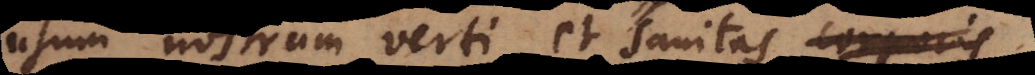
usum nostrum verti, et sanitas corporis